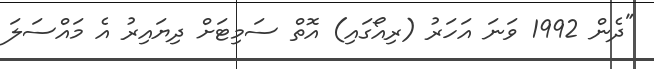
"ދެން 1992 ވަނަ އަހަރު (ރިއޯގައި) އޮތް ސަމިޓަށް ދިޔައިރު އެ މައްސަލަ